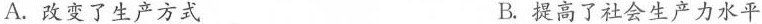
A.改变了生产方式 B.提高了社会生产力水平